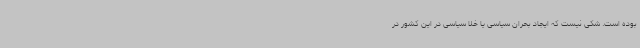
بوده است. شکی نیست که ایجاد بحران سیاسی یا خلا سیاسی در این کشور در